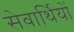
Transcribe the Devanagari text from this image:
सेवार्थियों